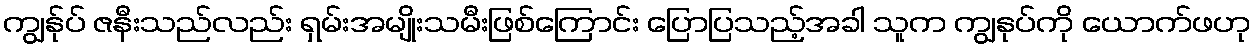
ကျွန်ုပ် ဇနီးသည်လည်း ရှမ်းအမျိုးသမီးဖြစ်ကြောင်း ပြောပြသည့်အခါ သူက ကျွနုပ်ကို ယောက်ဖဟု